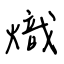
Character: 熾